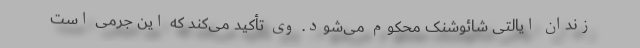
زندان ایالتی شائوشنک محکوم می‌شود. وی تأکید می‌کند که این جرمی است